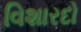
વિશારદો